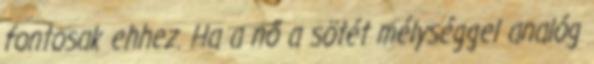
fontosak ehhez. Ha a nő a sötét mélységgel analóg